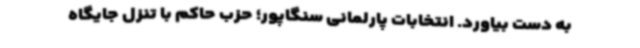
به دست بیاورد. انتخابات پارلمانی سنگاپور؛ حزب حاکم با تنزل جایگاه